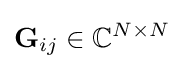
\mathbf {G} _{ij}\in \mathbb {C} ^{N\times N}